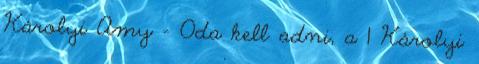
Károlyi Amy - Oda kell adni, a 1 Károlyi